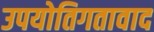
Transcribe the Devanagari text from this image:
उपयोतिगतावाद